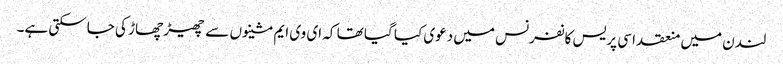
لندن میں منعقد اسی پریس کانفرنس میں دعوی کیا گیا تھا کہ ای وی ایم مشینوں سے چھیڑ چھاڑ کی جاسکتی ہے۔